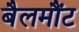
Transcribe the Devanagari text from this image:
बैलमौंट